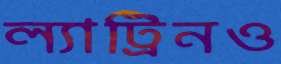
ল্যাট্রিনও